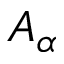
A _ { \alpha }